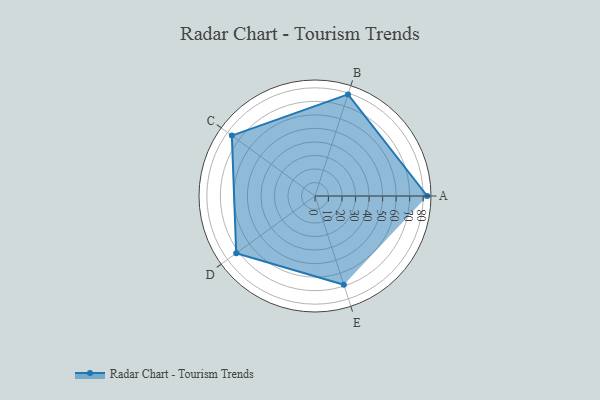
{"axis": {"x": "Skill", "y": "Score"}, "legend": ["Profile"], "data": [{"x": "A", "y": 83.0, "type": "Profile"}, {"x": "B", "y": 79.0, "type": "Profile"}, {"x": "C", "y": 76.0, "type": "Profile"}, {"x": "D", "y": 72.0, "type": "Profile"}, {"x": "E", "y": 69.0, "type": "Profile"}]}